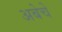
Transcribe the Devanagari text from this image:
अबेचे